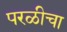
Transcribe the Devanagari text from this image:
परळीचा